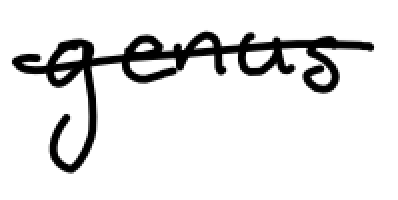
Text: genus
Cross-out: single-line
Writing tool: digital_black